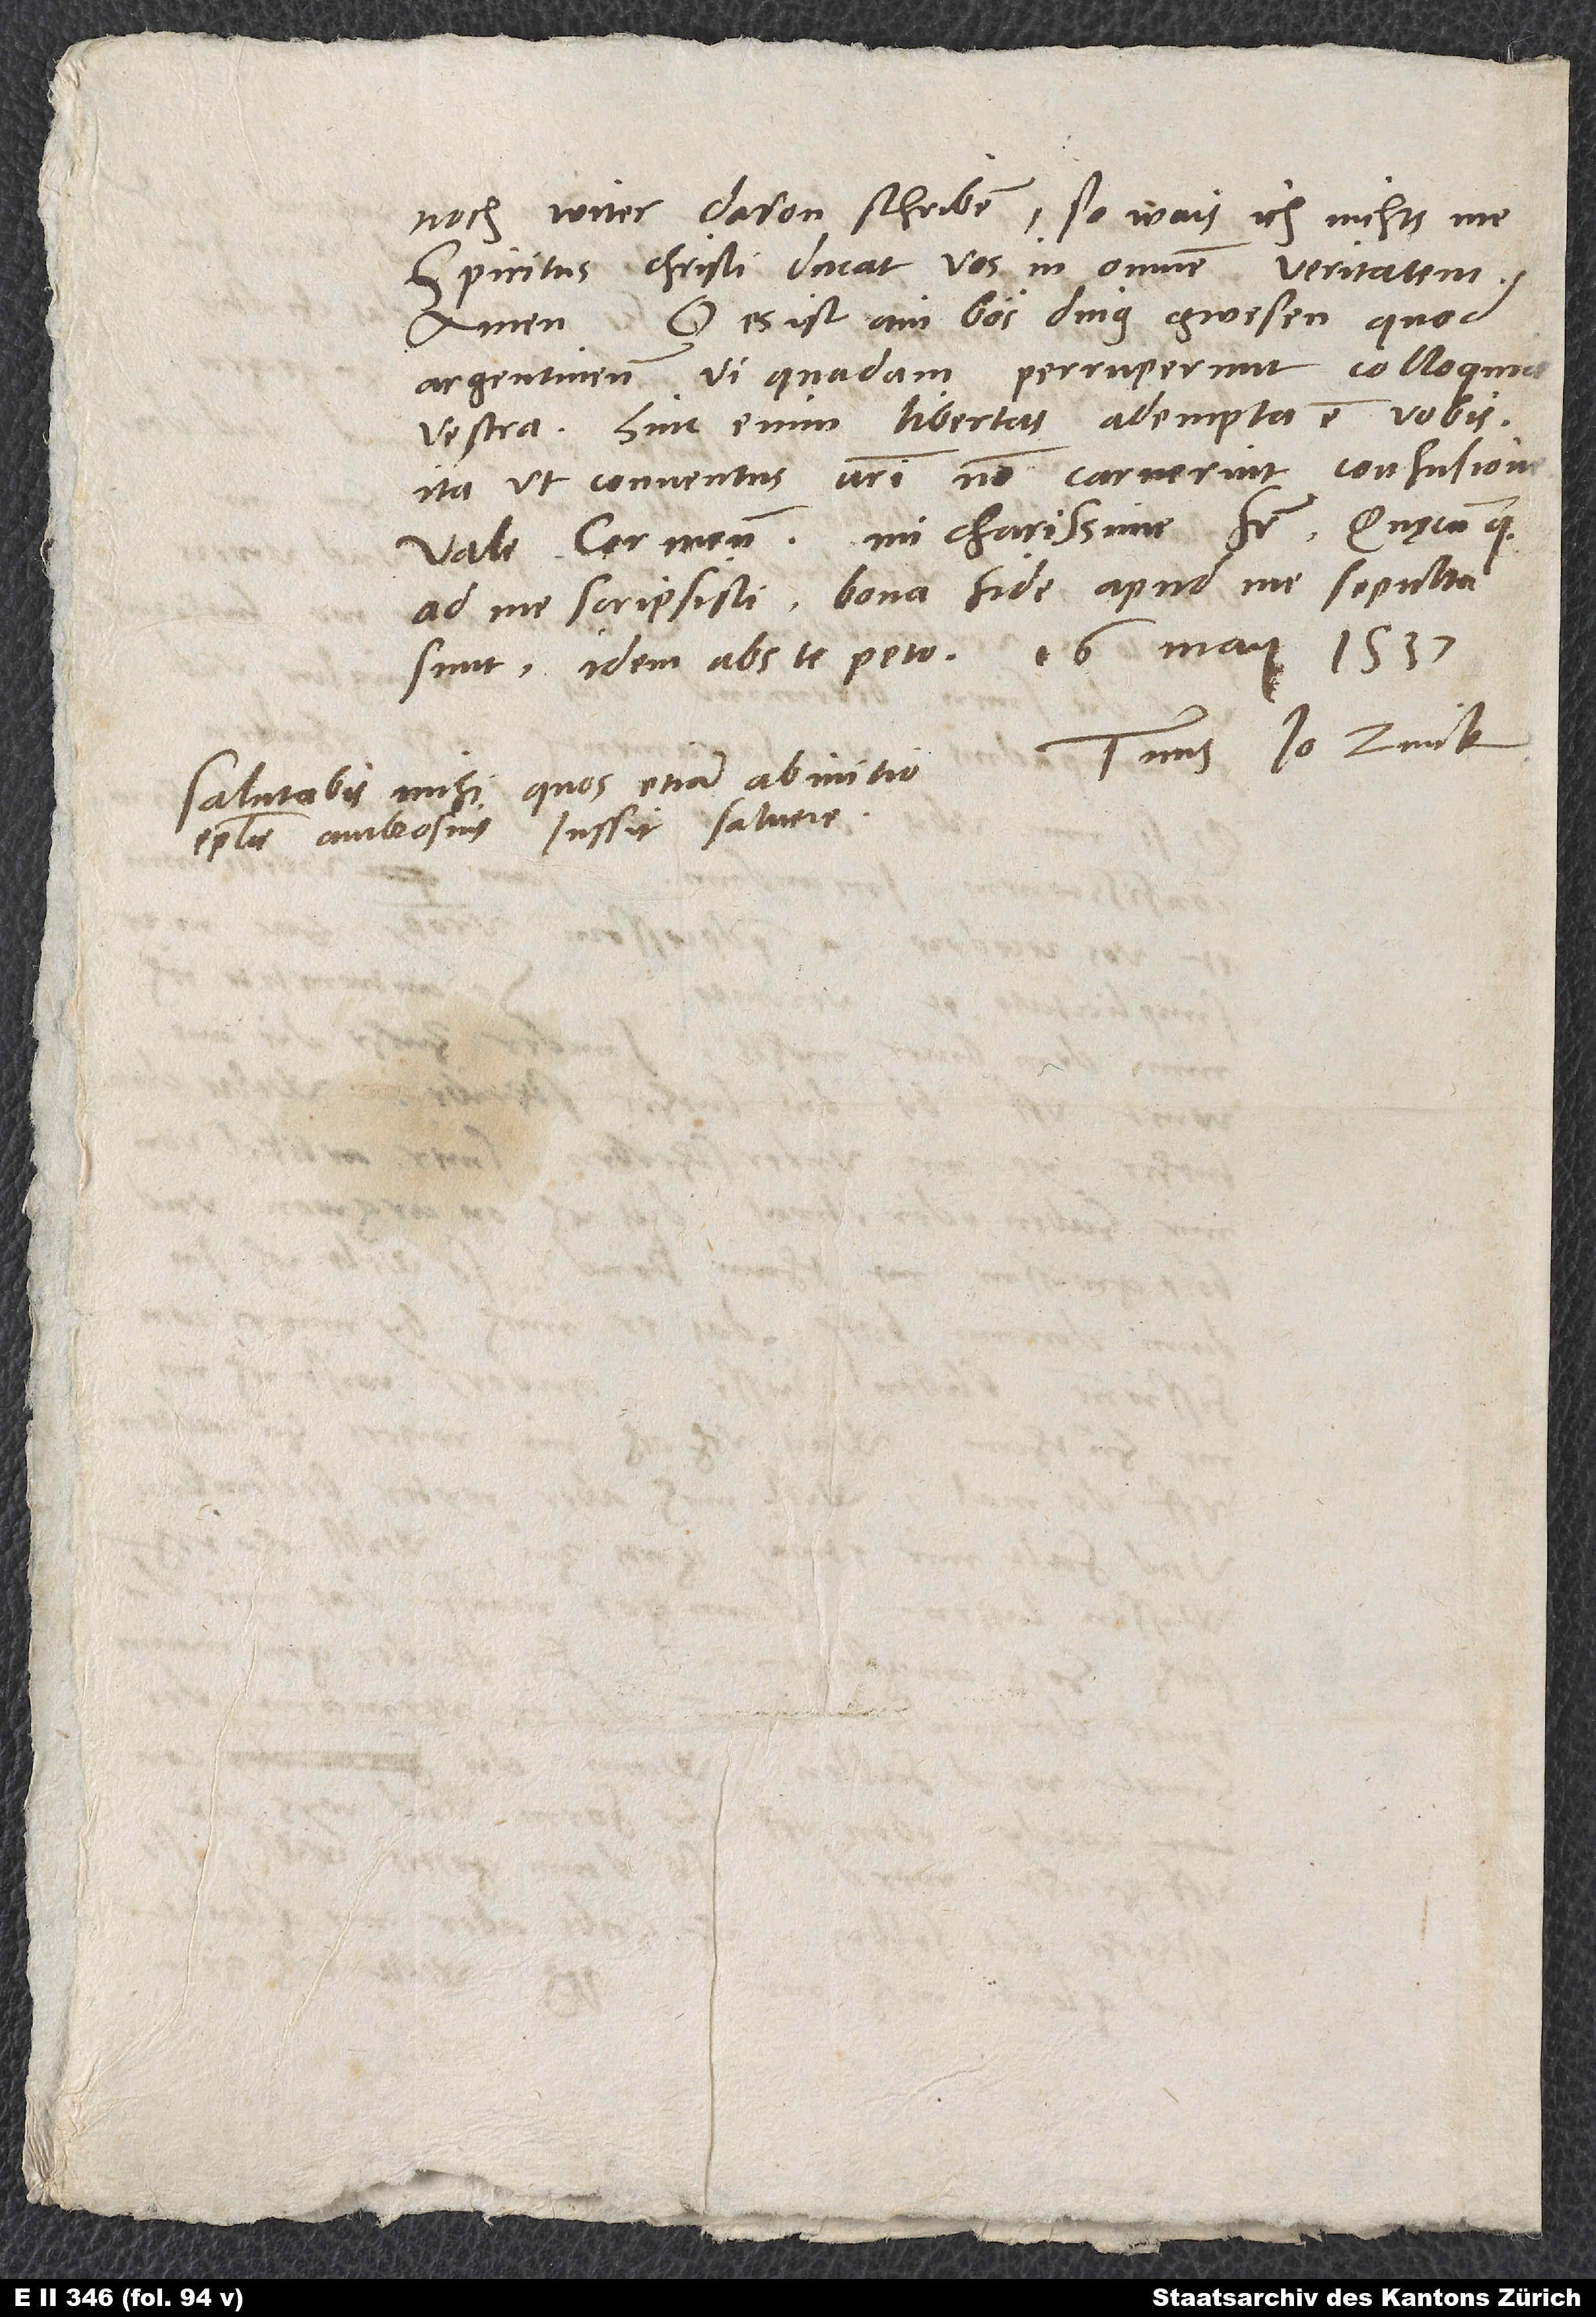
noch witer davon schriben, so wais ich nichts me.
Spiritus Christi ducat vos in omnem veritatem.
Amen. O, es ist ain bös ding gwesen, quod
Argentinenses vi quadam perruperunt colloquia
vestra. Hinc enim libertas adempta est vobis,
ita ut conventus vestri non caruerint confusione.
Vale, cor meum, mi charissime frater. Quaecumque
ad me scripsisti, bona fide apud me sepulta
Tuus Io. Zvick.
Salutabis mihi, quos etiam ab initio
epistolae Ambrosius iussit salvere.